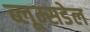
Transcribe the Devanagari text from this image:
ब्लूम्सडेल